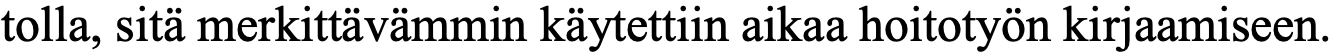
tolla, sitä merkittävämmin käytettiin aikaa hoitotyön kirjaamiseen.